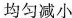
均匀减小